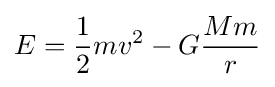
E={\frac {1}{2}}mv^{2}-G{\frac {Mm}{r}}